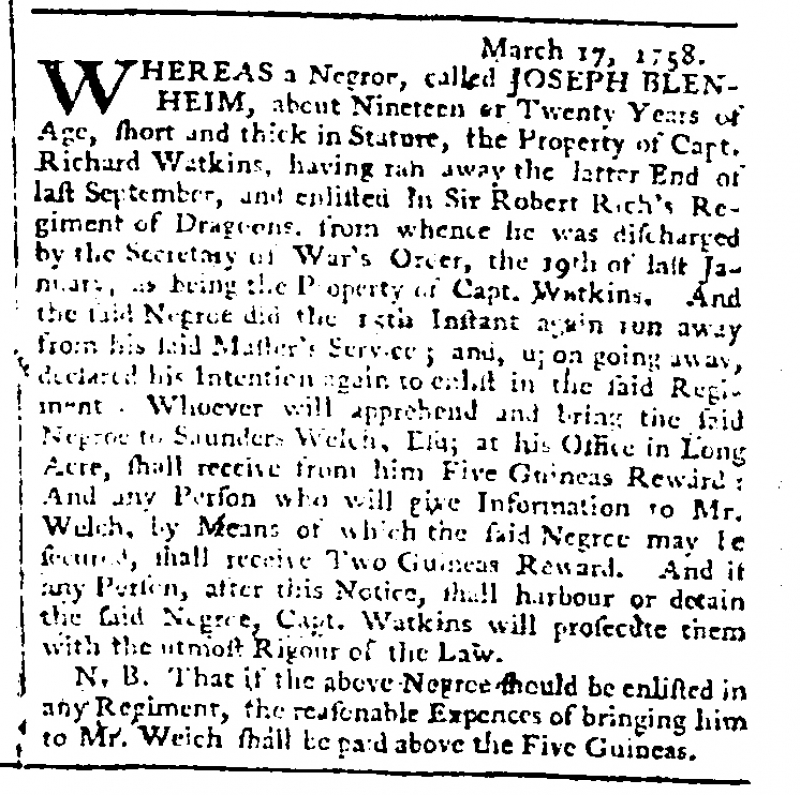
London Chronicle, 18 March 1758 (England)
                                   March 17, 1758.WHEREAS a Negroe, called JOSEPH BLENHEIM, about Nineteen or Twenty Years of Age, short and thick in Stature, the Property of Capt. Richard Watkins, having ran away the latter End of last September, and enlisted in Sir Robert Rich’s Regiment of Dragoons, from whence he was discharged by the Secretary of War’s Order, the 19th of last January, as being the Property of Capt. Watkins. And the said Negroe did the 15th Instant again run away from his said Master’s Service; and, upon going away, declared his Intention again to enlist in the said Regiment. Whoever will apprehend and bring the said Negro to Saunders Welch, Esq; at his Office in Long Acre, shall receive from him Five Guineas Reward: And any Person who will give Information to Mr. Welch, by Means of which the said Negroe may be secured, shall receive Two Guineas Reward. And if any Person, after this Notice, shall harbour or detain the said Negroe, Capt. Watkins will prosecute them with the utmost Rigour of the Law.  N.B. That if the above Negroe should be enlisted in any Regiment, the reasonable Expences of bringing him to Mr. Weich shall be paid above the Five Guineas.